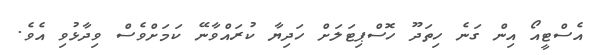
އެސްޓީއޯ އިން ގަނެ ހިތަދޫ ހޮސްޕިޓަލަށް ހަދިޔާ ކުރައްވާނޭ ކަމަށްވެސް ވިދާޅުވި އެވެ.